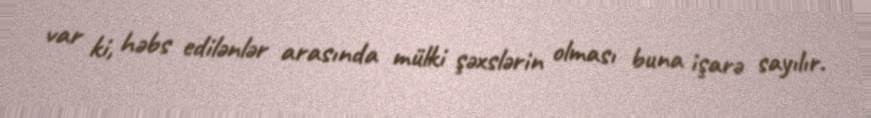
var ki, həbs edilənlər arasında mülki şəxslərin olması buna işarə sayılır.